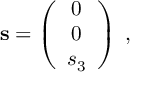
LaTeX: { \bf s } = \left( \begin{array} { c } { { 0 } } \\ { { 0 } } \\ { { s _ { 3 } } } \end{array} \right) \; ,